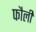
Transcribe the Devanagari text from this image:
फौली